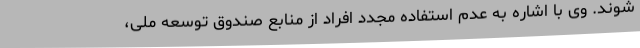
شوند. وی با اشاره به عدم استفاده مجدد افراد از منابع صندوق توسعه ملی،